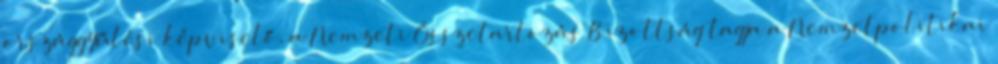
országgyűlési képviselő, a Nemzeti Összetartozás Bizottság tagja a Nemzetpolitikai